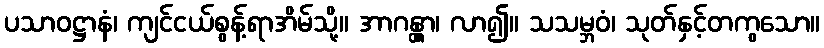
ပသာဝဋ္ဌာနံ၊ ကျင်ငယ်စွန့်ရာအိမ်သို့။ အာဂန္တွာ၊ လာ၍။ သသမ္ဘဝံ၊ သုတ်နှင့်တကွသော။